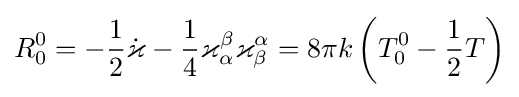
R_{0}^{0}=-{\frac {1}{2}}{\dot {\varkappa }}-{\frac {1}{4}}\varkappa _{\alpha }^{\beta }\varkappa _{\beta }^{\alpha }=8\pi k\left(T_{0}^{0}-{\frac {1}{2}}T\right)